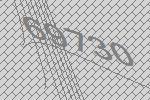
69730